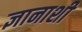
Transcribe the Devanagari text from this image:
ज्ञानाशी